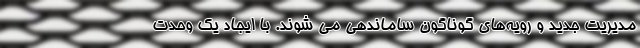
مدیریت جدید و رویه‌های گوناگون ساماندهی می شوند. با ایجاد یک وحدت